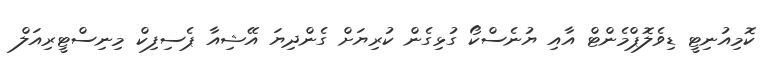
ކޮމިއުނިޓީ ޑިވެލޮޕްމެންޓް އާއި ޔުނެސްކޯ ގުޅިގެން ކުރިޔަށް ގެންދިޔަ އޭޝިއާ ޕެސިފިކް މިނިސްޓީރިއަލް